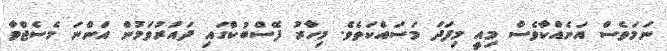
ނަމަވެސް އަނެއްކާވެސް މިއީ މިފަދަ މަސައްކަތެވެ. މިހާރު ފޭސްބުކްގައި ދައުރުވަމުން އަންނަ މެސެޖްވާ